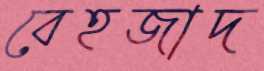
বেহজাদ